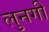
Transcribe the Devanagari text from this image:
लुनगी